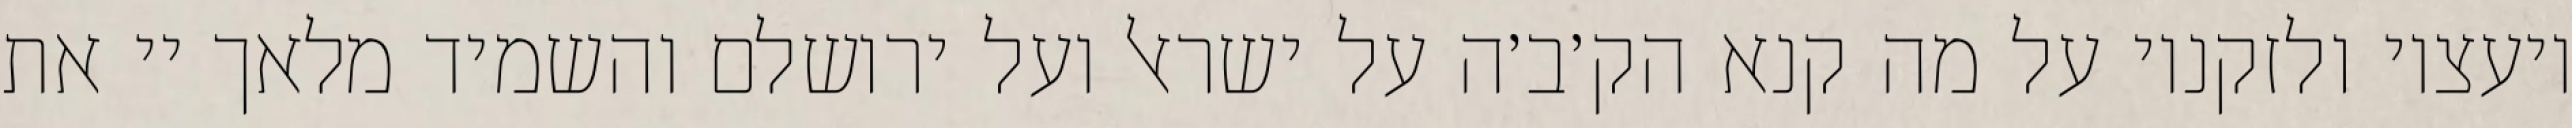
יועציו ולזקניו על מה קנא הק׳ב׳ה על ישראל ועל ירושלם והשמיד מלאך יי את